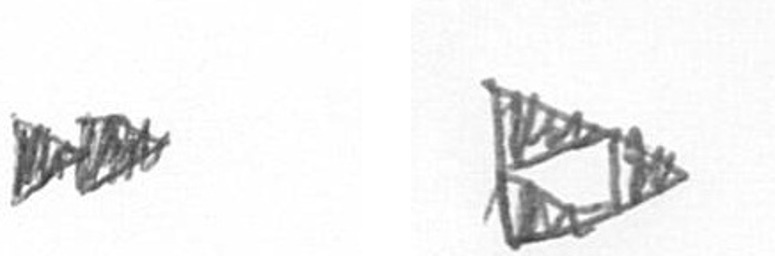
A K